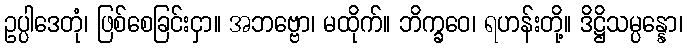
ဥပ္ပါဒေတုံ၊ ဖြစ်စေခြင်းငှာ။ အဘဗ္ဗော၊ မထိုက်။ ဘိက္ခဝေ၊ ရဟန်းတို့။ ဒိဋ္ဌိသမ္ပန္နော၊